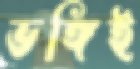
ভঙ্গিই